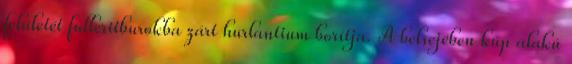
felületét fulleritburokba zárt hurlantium borítja. A belsejében kúp alakú